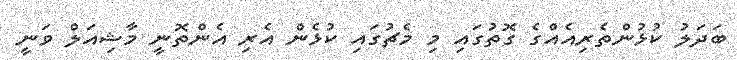
ބަދަލު ކުޅުންތެރިއެއްގެ ގޮތުގައި މި މެޗުގައި ކުޅެން އެރި އެންތޮނީ މާޝިއަލް ވަނީ